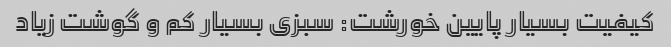
کیفیت بسیار پایین خورشت: سبزی بسیار کم و گوشت زیاد